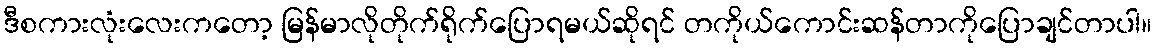
ဒီစကားလုံးလေးကတော့ မြန်မာလိုတိုက်ရိုက်ပြောရမယ်ဆိုရင် တကိုယ်ကောင်းဆန်တာကိုပြောချင်တာပါ။